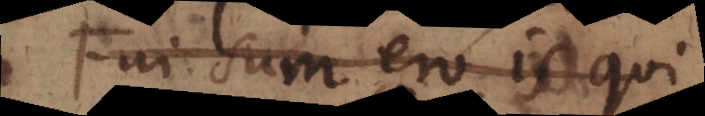
Fui sum ero is qui